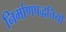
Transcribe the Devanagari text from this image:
निर्माणपद्धतियों